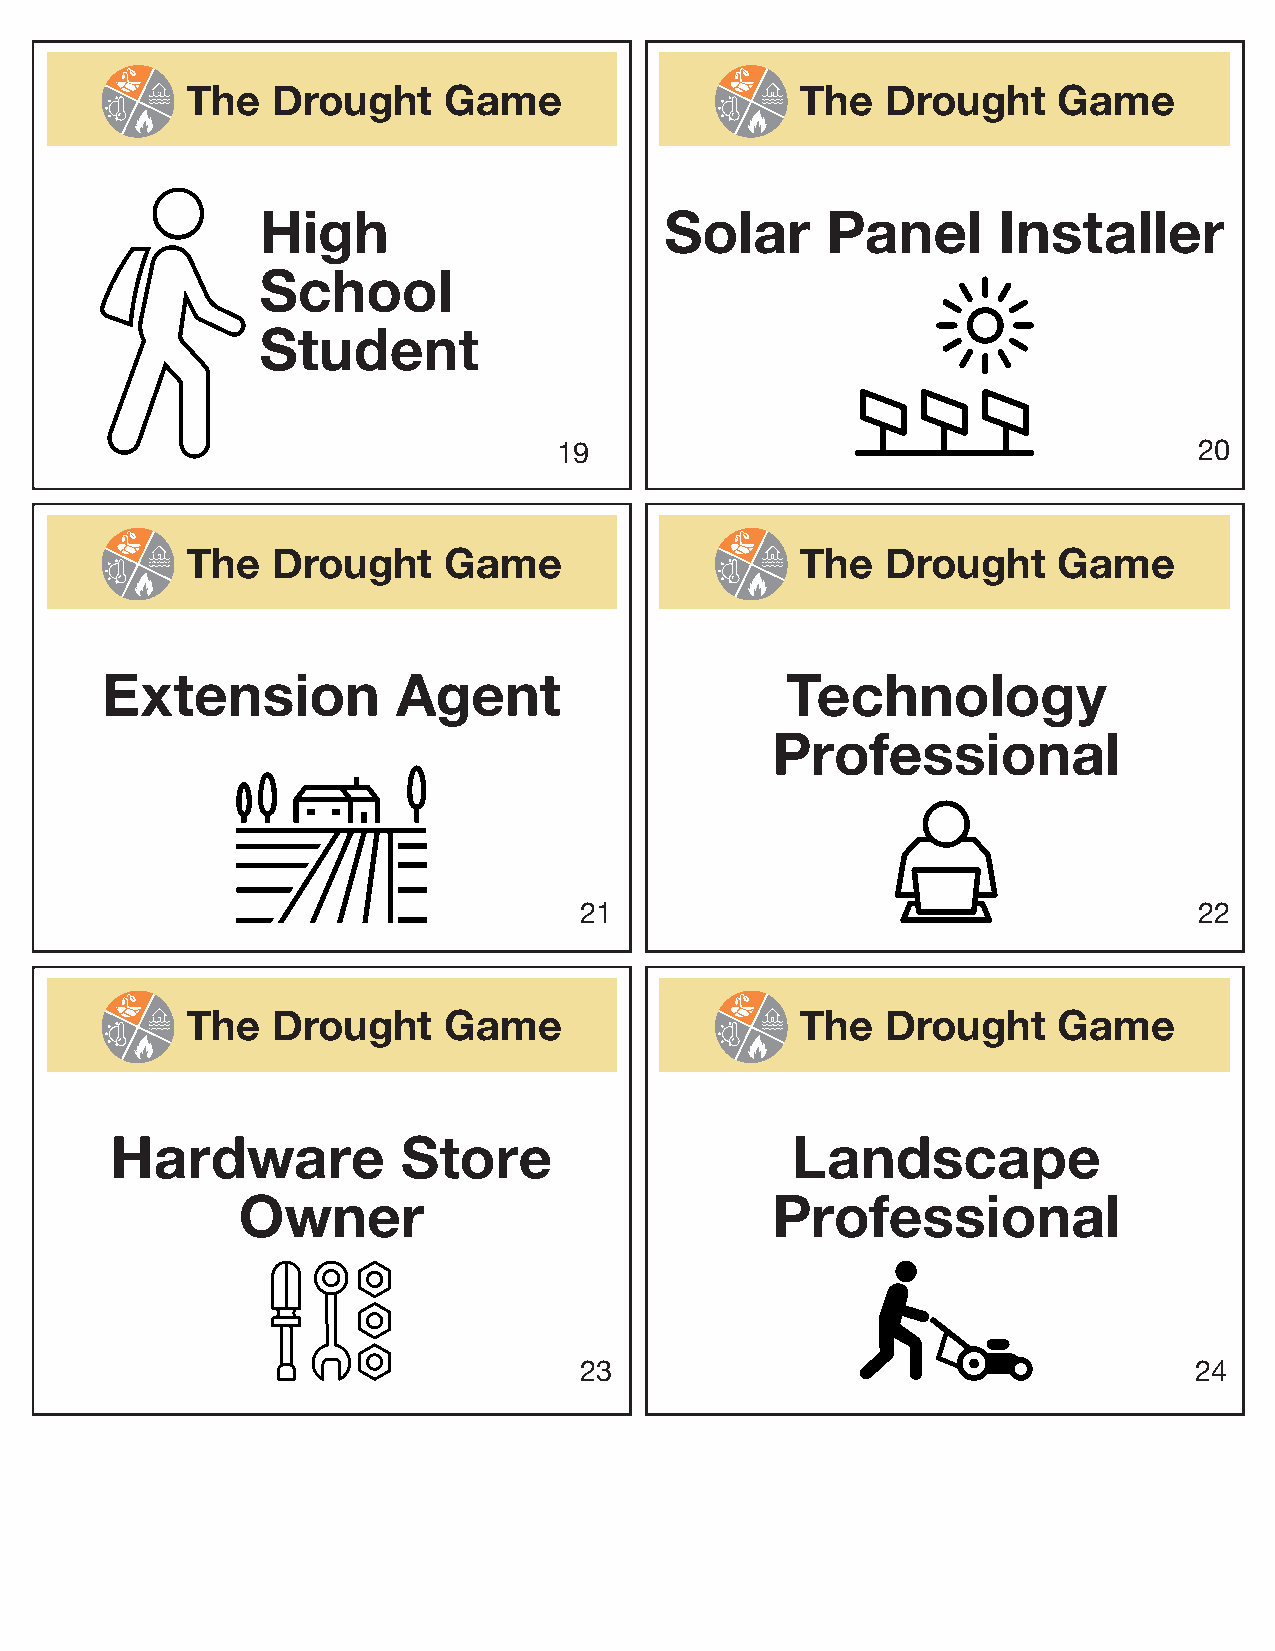
The   Drought    Game                    The   Drought    Game
 High                       Solar      Panel      Installer
 School
 Student
 19                                        20
 The   Drought    Game                    The   Drought    Game
 Extension          Agent                     Technology
 Professional
 21                                       22
 The   Drought    Game                    The   Drought    Game
 Hardware            Store                    Landscape
 Owner                              Professional
 23                                       24